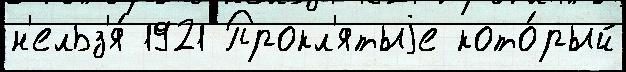
н'ельз'я́ 1921 Прокл'ятыjе кото́рый